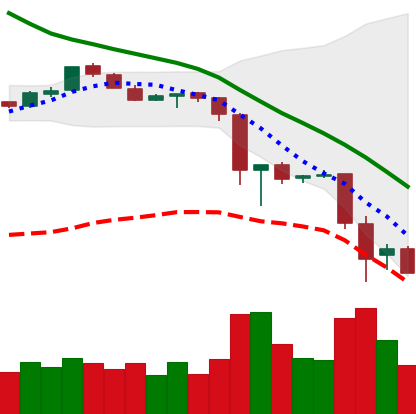
Ticker: EOS-USD
Chart end date: 2018-11-22
Forward return: -14.753%
Label: down_7plus